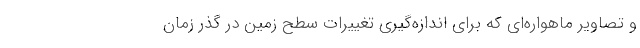
و تصاویر ماهواره‌ای که برای اندازه‌گیری تغییرات سطح زمین در گذر زمان